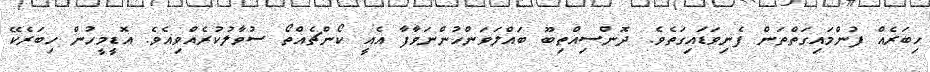
ހިބަރެއް ފުންމައިގަތްތަން ފެނިވަޑައިގަތެވެ. ދޮންސިއްތިބޫ ބައްލަވަންހުންނަވާފާ އެއީ ކޯންޗެއްތޯ ސުވާލުކުރެއްވިއެވެ. އޮޑީމީހުން ހިބަރެކޭ